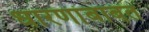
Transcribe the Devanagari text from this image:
धारणांबाबत